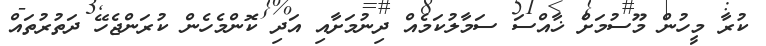
ކުރާ މީހުން މޫސުމަށް ޚާއްސަ ސަމާލުކަމެއް ދިނުމަށާއި އަދި ކޮންމެހެން ކުރަންޖެހޭ ދަތުރުތައް